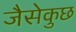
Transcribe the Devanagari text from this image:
जैसेकुछ